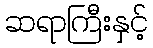
ဆရာကြီးနှင့်